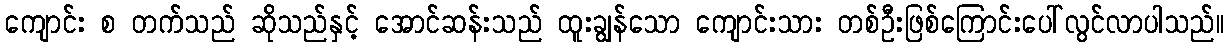
ကျောင်း စ တက်သည် ဆိုသည်နှင့် အောင်ဆန်းသည် ထူးချွန်သော ကျောင်းသား တစ်ဦးဖြစ်ကြောင်းပေါ်လွင်လာပါသည်။